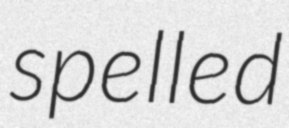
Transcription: spelled